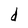
Character: d